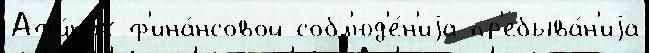
Аф'и́нах ф'ина́нсовой собл'юд'е́н'иjа пр'ебыва́н'иjа